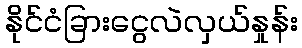
နိုင်ငံခြားငွေလဲလှယ်နှုန်း